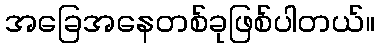
အခြေအနေတစ်ခုဖြစ်ပါတယ်။